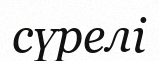
сүрелі